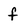
Character: f